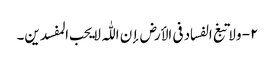
۲- ولا تبغ الفساد فی الأرض إن اللّٰہ لا یحب المفسدین۔